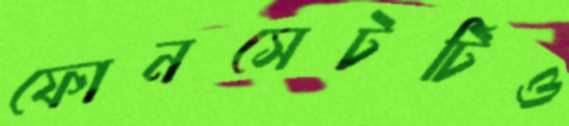
ফোনসেটটিও